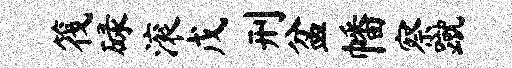
筏碌滚戊刑盆幡察蹴